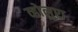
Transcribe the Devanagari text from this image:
व्होलुप्टा